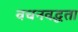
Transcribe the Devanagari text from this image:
वचनवद्धता